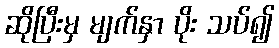
ဆိုပြီးမှ မျက်နှာ ပိုး သပ်၍